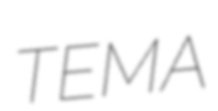
TEMA